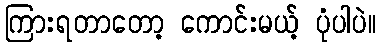
ကြားရတာတော့ ကောင်းမယ့် ပုံပါပဲ။